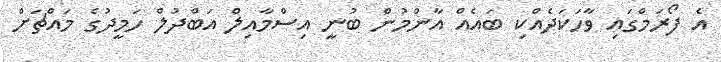
އެ ފޯރަމްގައި ވާހަކަދެއްކި ބައެއް އާންމުން ބުނީ އިސްމާއިލް އަބްދުލް ހަމީދުގެ މައްޗަށް